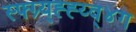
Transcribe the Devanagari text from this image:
स्फ्ग्र्य्ह्ह्य्व्४ग